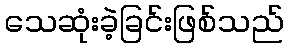
သေဆုံးခဲ့ခြင်းဖြစ်သည်